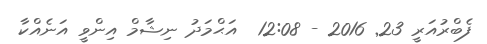
ފެބްރުއަރީ 23